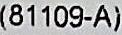
(81109-A)